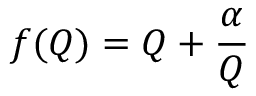
f ( Q ) = Q + \frac { \alpha } { Q }